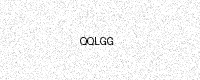
Text: QQLGG